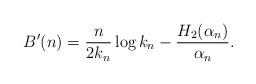
LaTeX: \begin{align*} B'(n) = \frac{n}{2 k_n } \log k_n - \frac{H_2 (\alpha_n)}{\alpha_n} .\end{align*}